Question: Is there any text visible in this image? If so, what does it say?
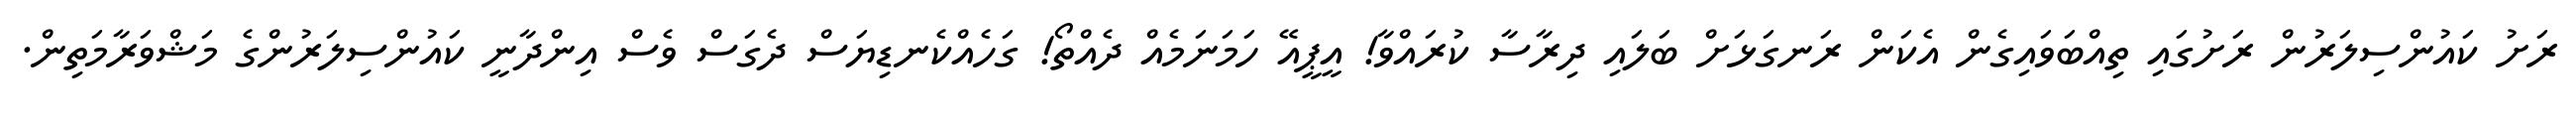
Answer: ރަށު ކައުންސިލަރުން ރަށުގައި ތިއްބަވައިގެން އެކަން ރަނގަޅަށް ބަލައި ދިރާސާ ކުރައްވާ! އީޕީއޭ ހަމަނަމެއް ދެއްތޯ! ގަހެއްކެނޑިޔަސް ދެގަސް ވެސް އިންދާނީ ކައުންސިލަރުންގެ މަޝްވަރާމަތިން.